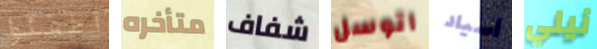
أطفئوا متأخره شفاف اتوسل أسياد نيلي